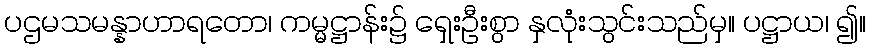
ပဌမသမန္နာဟာရတော၊ ကမ္မဋ္ဌာန်း၌ ရှေးဦးစွာ နှလုံးသွင်းသည်မှ။ ပဋ္ဌာယ၊ ၍။